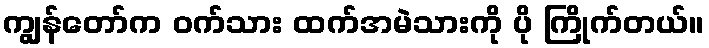
ကျွန်တော်က ဝက်သား ထက်အမဲသားကို ပို ကြိုက်တယ်။